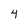
Character: 4